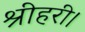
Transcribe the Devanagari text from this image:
श्रीहरी।